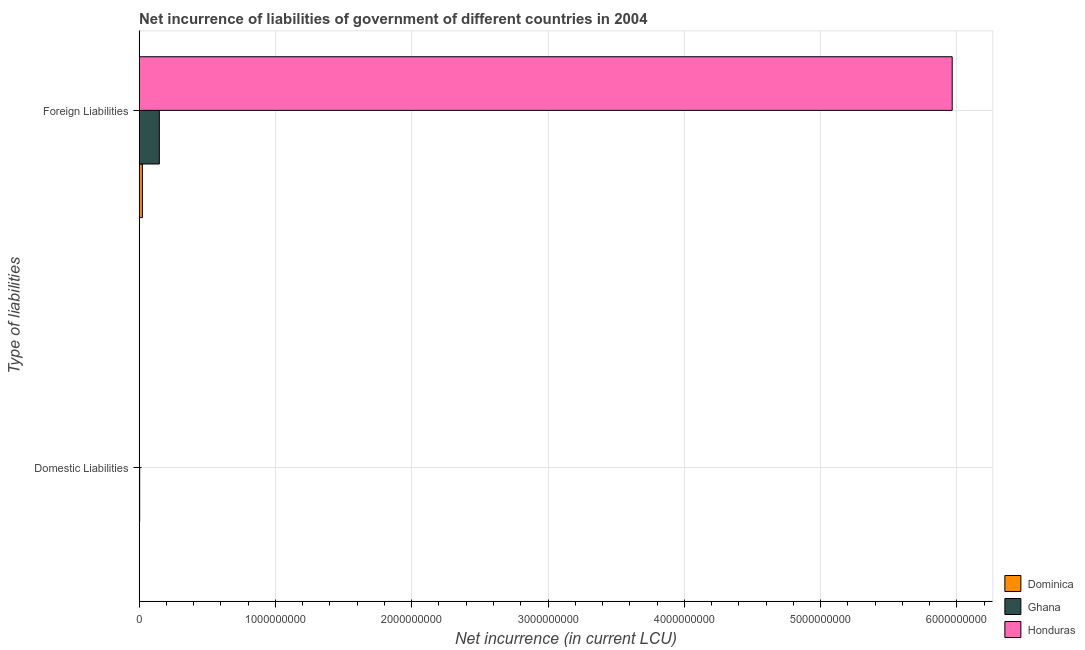
| Type of liabilities | Dominica | Ghana | Honduras |
 | --- | --- | --- | --- |
 | Domestic Liabilities | -2.27e+07 | 4.23e+06 | -1.03e+09 |
 | Foreign Liabilities | 2.42e+07 | 1.49e+08 | 5.97e+09 |